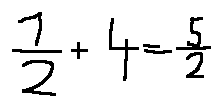
\frac { 1 } { 2 } + 4 = \frac { 5 } { 2 }